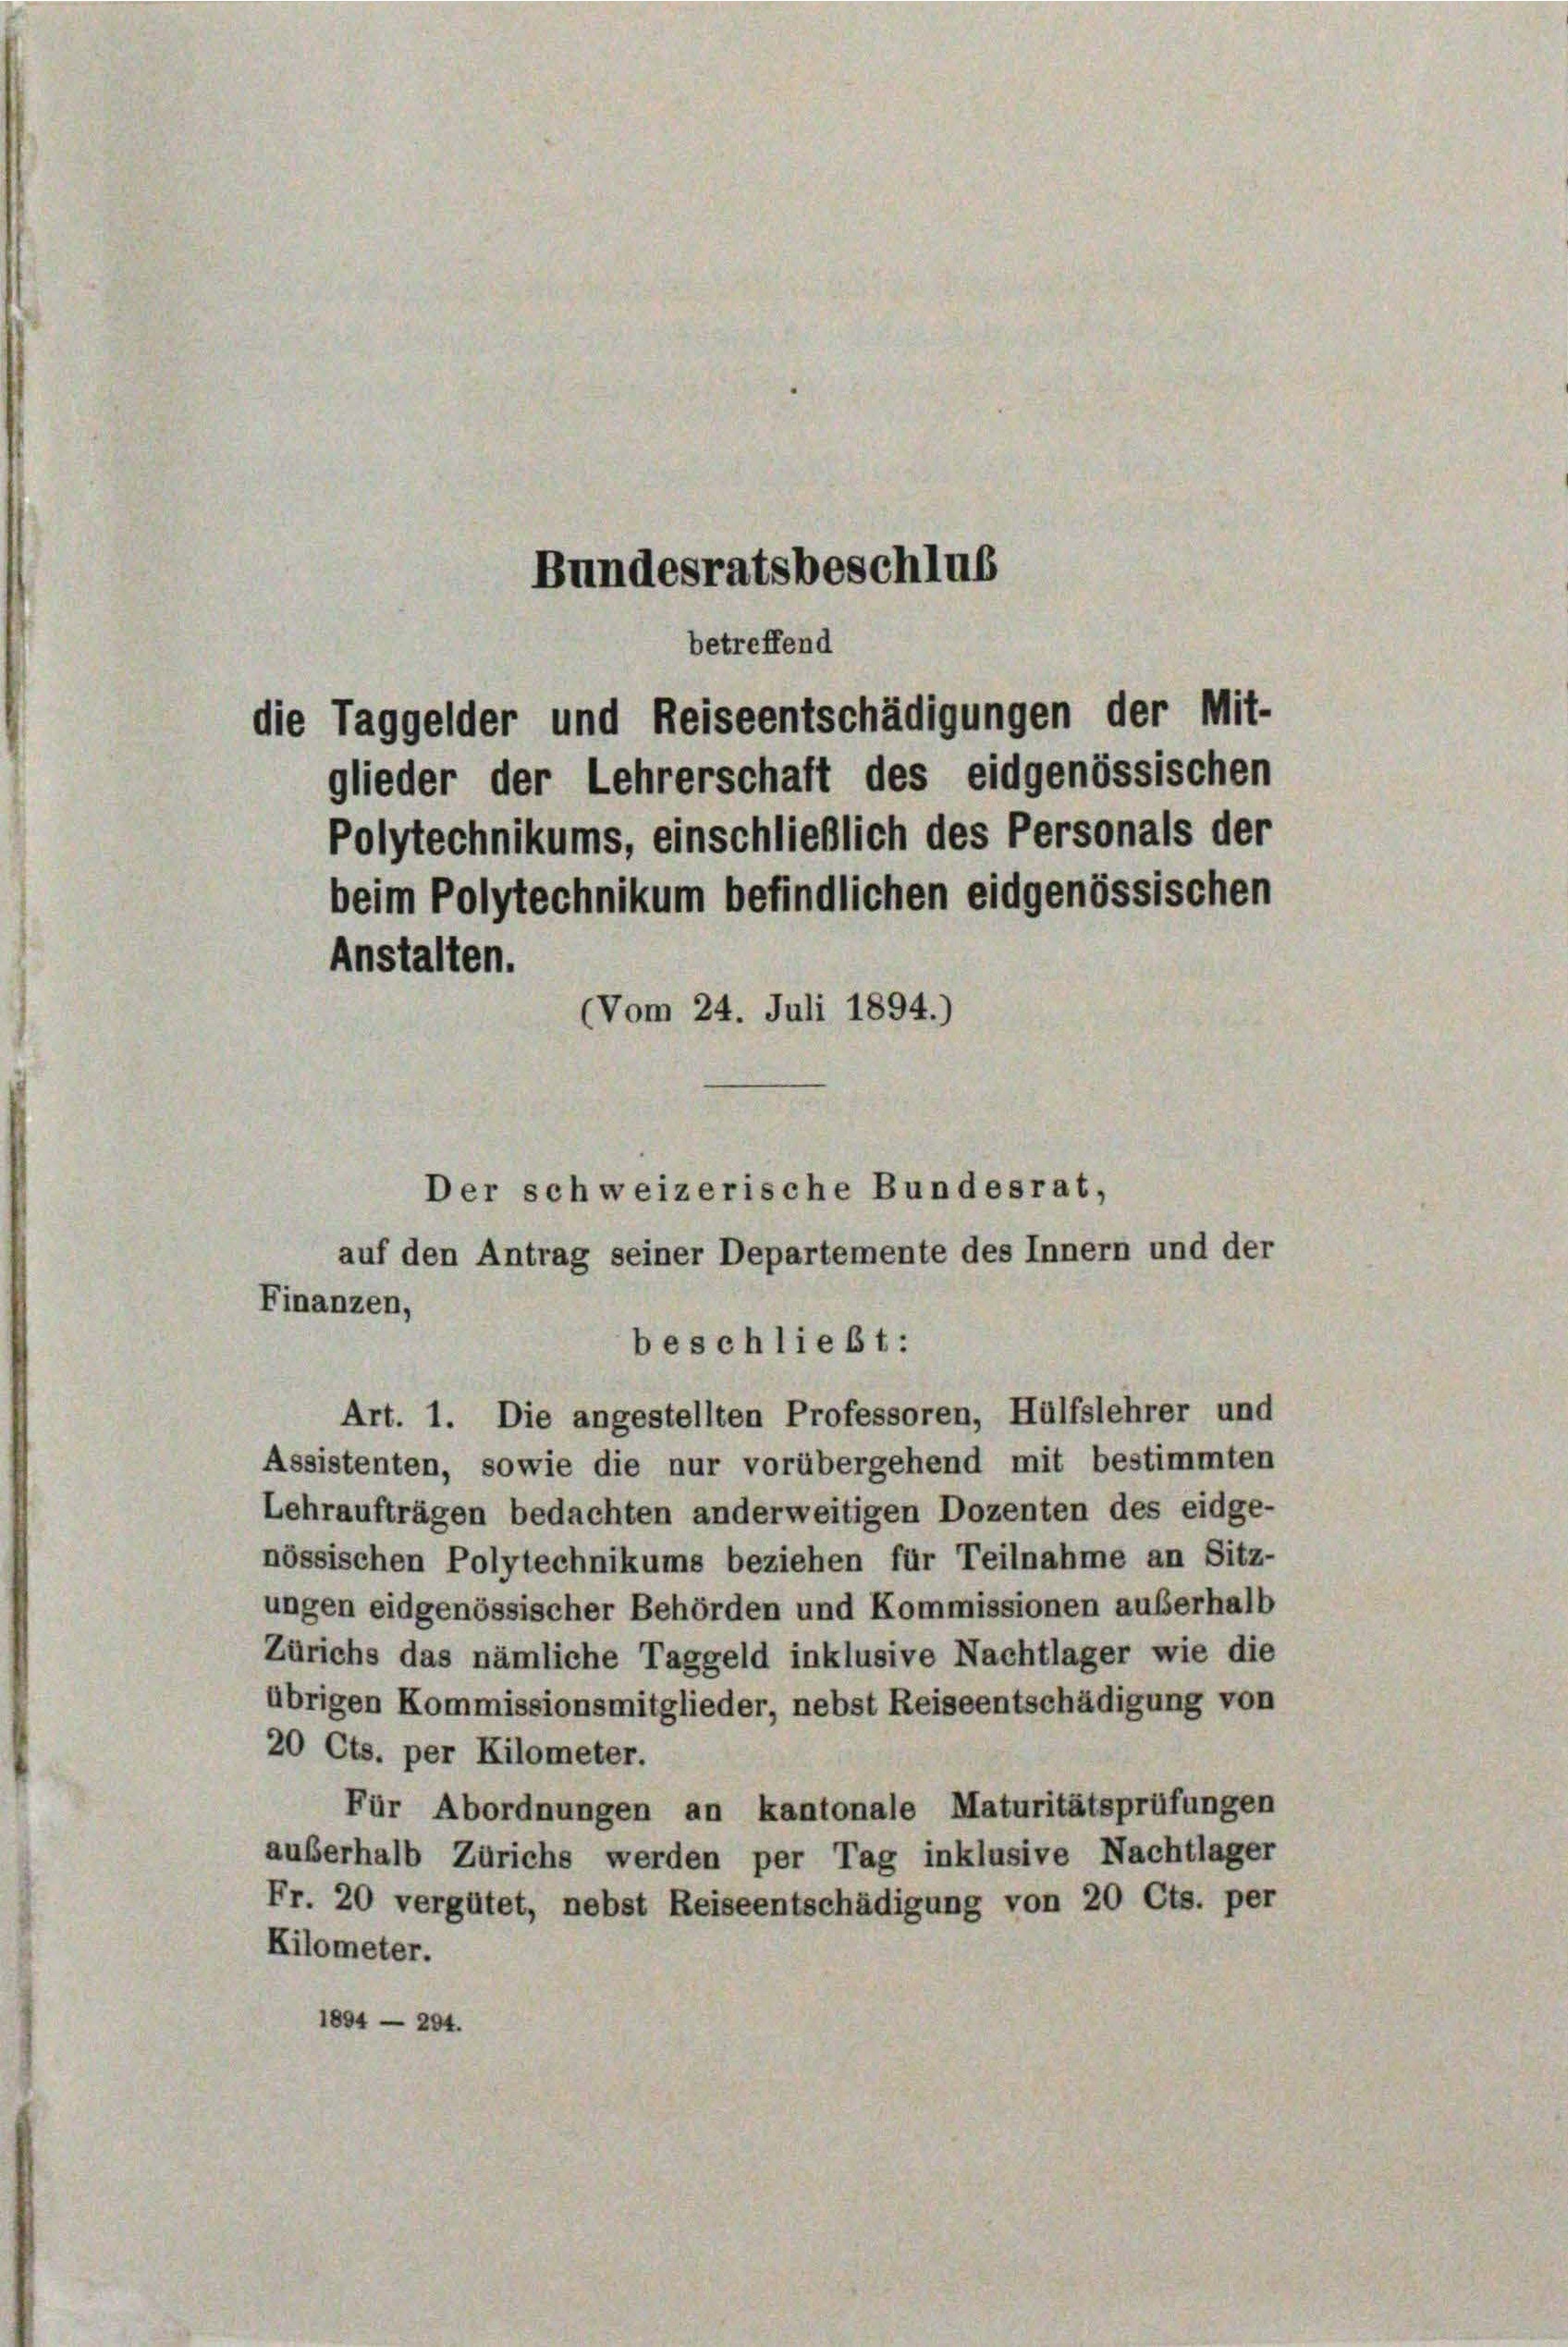
Bundesratsbeschlus
betreffend
die Taggelder und Reiseentschädigungen der Mit-
glieder der Lehrerschaft des eidgenössischen
Polytechnikums, einschließlich des Personals der
beim Polytechnikum befindlichen eidgenössischen
Anstalten.
(Vom 24. Juli 1894.)

Finanzen,

Der schweizerische Bundesrat,

beschließt:

auf den Antrag seiner Departemente des Innern und der
Art. 1. Die angestellten Professoren, Hülfslehrer und
Assistenten, sowie die nur vorübergehend mit bestimmten
Lehraufträgen bedachten anderweitigen Dozenten des eidge-
nössischen Polytechnikums beziehen für Teilnahme an Sitz-
ungen eidgenössischer Behörden und Kommissionen außerhalb
Zürichs das nämliche Taggeld inklusive Nachtlager wie die
übrigen Kommissionsmitglieder, nebst Reiseentschädigung von
20 Cts. per Kilometer.
Für Abordnungen an kantonale Maturitätsprüfungen
außerhalb Zürichs werden per Tag inklusive Nachtlager
Fr. 20 vergütet, nebst Reiseentschädigung von 20 Cts. per
Kilometer.
1894 — 204.